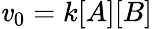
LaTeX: \mathit{v}_{0}=k[A][B]